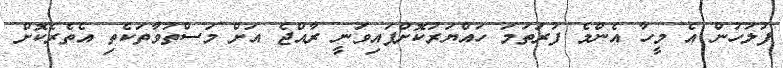
ފުލުހުން އެ މީހާ އެންމެ ފުރަތަމަ ހައްޔަރުކޮށްފައިވަނީ ރާއްޖެ އަށް މަސްތުވާތަކެތި އެތެރެކޮށް